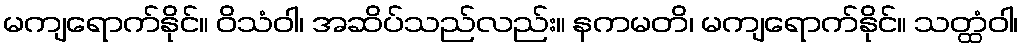
မကျရောက်နိုင်။ ဝိသံဝါ၊ အဆိပ်သည်လည်း။ နကမတိ၊ မကျရောက်နိုင်။ သတ္ထံဝါ၊